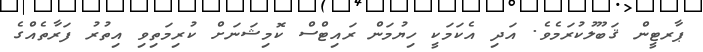
ޕާރޓީން ޤަބޫލުކުރަމެވެ. އަދި އެކަމަކީ ހިޔުމަން ރައިޓްސް ކޮމިޝަނަށް ކުރިމަތިވި އިތުރު ފަރާތެއްގެ